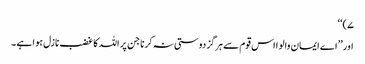
۷)‘‘
اور ’’اے ایمان والو ا اس قوم سے ہرگز دوستی نہ کرنا جن پر اللہ کا غضب نازل ہوا ہے ۔